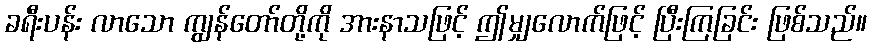
ခရီးပန်း လာသော ကျွန်တော်တို့ကို အားနာသဖြင့် ဤမျှလောက်ဖြင့် ပြီးကြခြင်း ဖြစ်သည်။